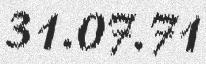
31.07.71